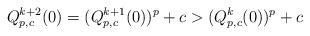
LaTeX: \begin{align*}Q_{p, c}^{k+2} (0) = (Q_{p,c}^{k + 1}(0))^p + c > (Q_{p,c}^{k}(0))^p + c\end{align*}